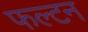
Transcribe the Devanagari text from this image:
फल्टन